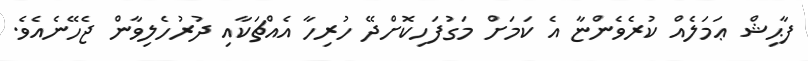
ފާޙިޝް ޢަމަލެއް ކުރެވެންޏާ އެ ކަމަށް މަގުފަހިކޮށްދޭ ހުރިހާ އެއްޗަކާއި ދުރުހެލިވާން ޖެހޭނެއެވެ.